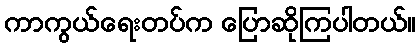
ကာကွယ်ရေးတပ်က ပြောဆိုကြပါတယ်။